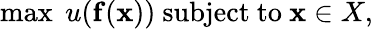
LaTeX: \operatorname*{max}\; u(\mathbf{f}(\mathbf{x})){\mathrm{~subject~to~}}\mathbf{x}\in X,